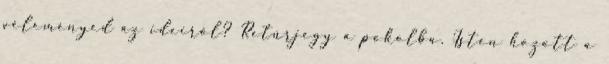
véleményed az ideiről? Retúrjegy a pokolba. Isten hozott a